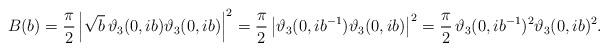
LaTeX: \begin{align*}B(b) = \frac{\pi}{2} \left| \sqrt{b} \, \vartheta_3(0, i b) \vartheta_3(0, i b) \right|^2 = \frac{\pi}{2} \left| \vartheta_3(0, i b^{-1}) \vartheta_3(0, i b) \right|^2 = \frac{\pi}{2} \, \vartheta_3(0,ib^{-1})^2 \vartheta_3(0,i b)^2.\end{align*}